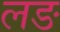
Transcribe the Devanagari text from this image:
लङ